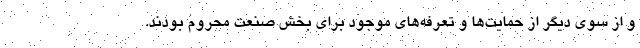
و از سوی دیگر از حمایت‌ها و تعرفه‌های موجود برای بخش صنعت محروم بودند.